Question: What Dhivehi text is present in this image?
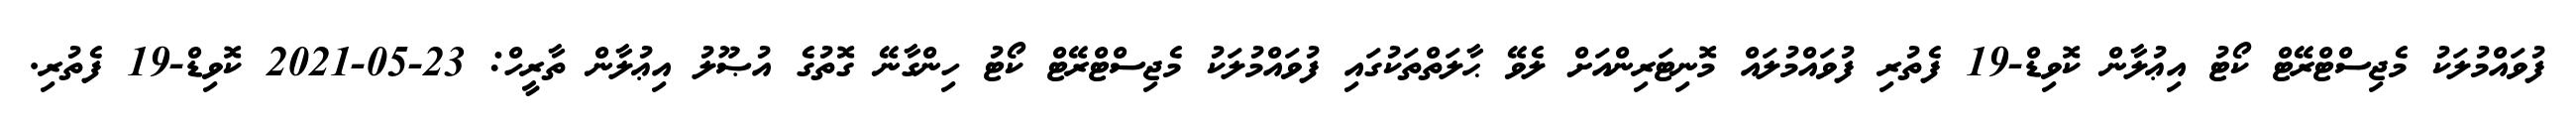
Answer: ފުވައްމުލަކު މެޖިސްޓްރޭޓް ކޯޓު އިޢުލާން ކޮވިޑް-19 ފެތުރި ފުވައްމުލައް މޮނިޓަރިންއަށް ލެވޭ ޙާލަތްތަކުގައި ފުވައްމުލަކު މެޖިސްޓްރޭޓް ކޯޓު ހިންގާނޭ ގޮތުގެ އުޞޫލު އިޢުލާން ތާރީހް: 23-05-2021 ކޮވިޑް-19 ފެތުރި.